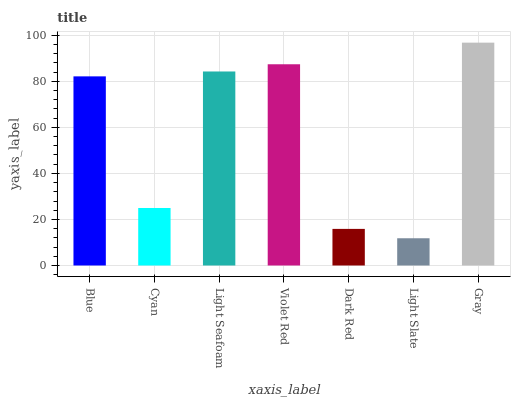
| xaxis_label | bars |
 | --- | --- |
 | Blue | 82.1 |
 | Cyan | 25 |
 | Light Seafoam | 84.2 |
 | Violet Red | 87.4 |
 | Dark Red | 15.9 |
 | Light Slate | 11.8 |
 | Gray | 96.8 |